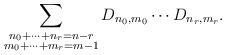
LaTeX: \begin{align*} \sum_{\substack{n_0 + \cdots + n_r = n - r \\ m_0 + \cdots + m_r = m - 1}} D_{n_0, m_0} \cdots D_{n_r, m_r}.\end{align*}